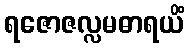
ရဇောဇလ္လမဓာရယိံ